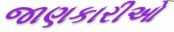
જાણકારીઓ